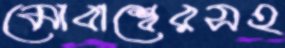
মোবাশ্বেরসহ